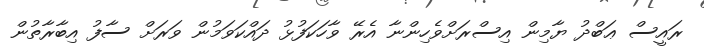
ރައީސް ޢަބްދު ޔާމިން އިސްރަށްވެހިންނާ އެރޭ ވާހަކަފުޅު ދައްކަވަމުން ވަރަށް ސާފު އިބާރާތުން